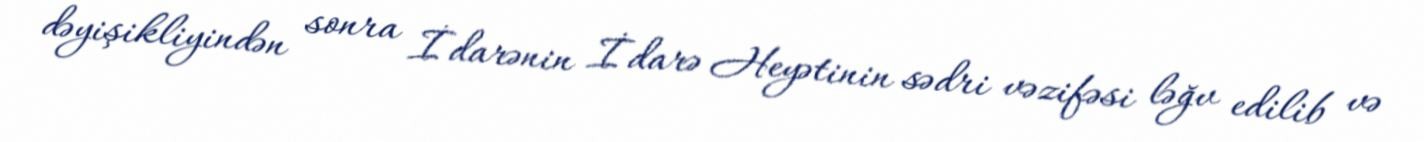
dəyişikliyindən sonra İdarənin İdarə Heyətinin sədri vəzifəsi ləğv edilib və